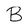
Character: B